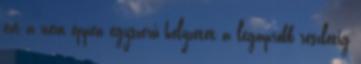
ezt a nem éppen egyszerű helyzetet a legapróbb részletig